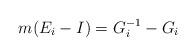
LaTeX: \begin{align*} m(E_i-I) =G_i^{-1}-G_i\end{align*}